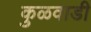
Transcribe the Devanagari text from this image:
कुळवाडी